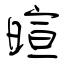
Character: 暄